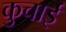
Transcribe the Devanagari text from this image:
कुचार्इ